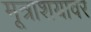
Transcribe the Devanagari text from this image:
मूत्राशयावर